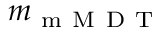
m _ { \mathrm { ~ m ~ M ~ D ~ T ~ } }